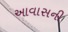
આવાસની